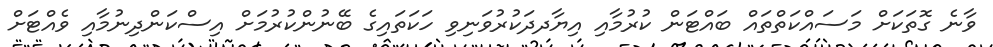
ވާނެ ގޮތަކަށް މަސައްކަތްތައް ބައްޓަން ކުރުމާއި އިޔާދދަކުރުވަނިވި ހަކަތައިގެ ބޭނުންކުރުމަށް އިސްކަންދިނުމާއި ވެއްޓަށް